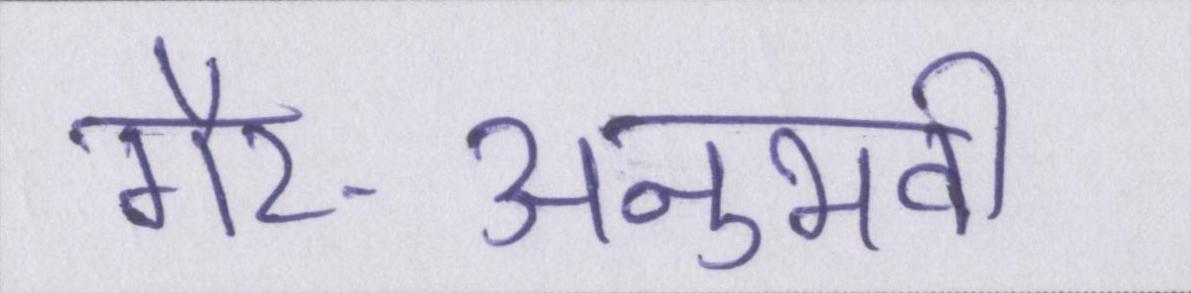
गैर-अनुभवी